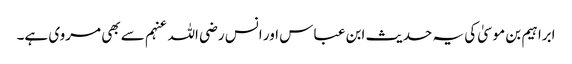
ابراہیم بن موسیٰ کی یہ حدیث ابن عباس اور انس رضی اللہ عنہم سے بھی مروی ہے۔